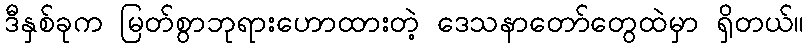
ဒီနှစ်ခုက မြတ်စွာဘုရားဟောထားတဲ့ ဒေသနာတော်တွေထဲမှာ ရှိတယ်။